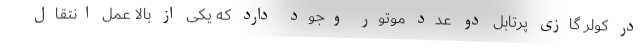
در کولر گازی پرتابل دو عدد موتور وجود دارد که یکی از بالا عمل انتقال